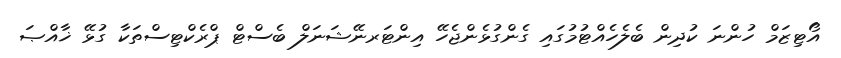
އޯޓިޒަމް ހުންނަ ކުދިން ބެލެހެއްޓުމުގައި ގެންގުޅެންޖެހޭ އިންޓަރނޭޝަނަލް ބެސްޓް ޕްރެކްޓިސްތަކާ ގުޅޭ ޚާއްޞަ